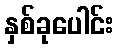
နှစ်ခုပေါင်း